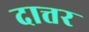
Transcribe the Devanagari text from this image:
दात्तर